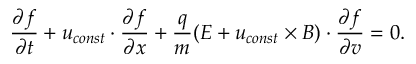
\frac { \partial f } { \partial t } + \boldsymbol { u } _ { c o n s t } \cdot \frac { \partial f } { \partial \boldsymbol { x } } + \frac { q } { m } ( \boldsymbol { E } + \boldsymbol { u } _ { c o n s t } \times \boldsymbol { B } ) \cdot \frac { \partial f } { \partial \boldsymbol { v } } = 0 .